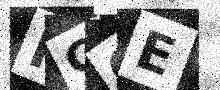
Text: FGOE